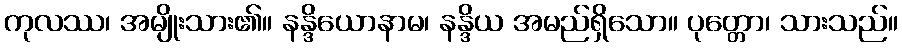
ကုလဿ၊ အမျိုးသား၏။ နန္ဒိယောနာမ၊ နန္ဒိယ အမည်ရှိသော။ ပုတ္တော၊ သားသည်။